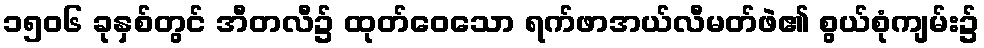
၁၅၀၆ ခုနှစ်တွင် အီတလီ၌ ထုတ်ဝေသော ရက်ဖာအယ်လီမတ်ဖဲ၏ စွယ်စုံကျမ်း၌